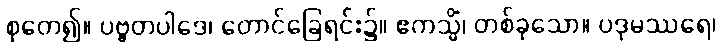
စုတေ၍။ ပဗ္ဗတပါဒေ၊ တောင်ခြေရင်း၌။ ဧကသ္မိံ၊ တစ်ခုသော။ ပဒုမဿရေ၊